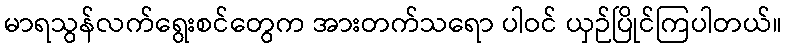
မာရသွန်လက်ရွေးစင်တွေက အားတက်သရော ပါဝင် ယှဉ်ပြိုင်ကြပါတယ်။